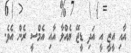
އާއި އީޒީ އީ އަދި ޑީޖޭ ޔެއްލާ އާއި އެމްސީ ރެން އެވެ.